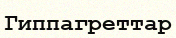
Гиппагреттар